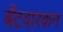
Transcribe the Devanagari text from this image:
बँटवारकन